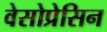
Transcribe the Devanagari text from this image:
वेसोप्रेसिन